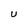
Character: U